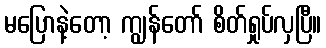
မပြောနဲ့တော့ ကျွန်တော် စိတ်ရှုပ်လှပြီ။